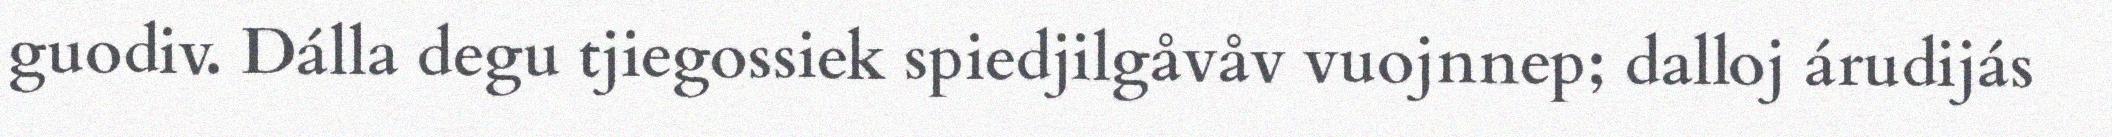
guodiv. Dálla degu tjiegossiek spiedjilgåvåv vuojnnep; dalloj árudijás